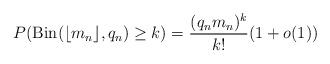
LaTeX: \begin{align*}P(\mathrm{Bin}(\lfloor m_n\rfloor,q_n)\geq k)=\frac{(q_n m_n)^{k}}{k!}(1+o(1))\end{align*}